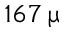
1 6 7 \, \upmu